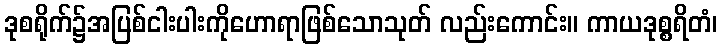
ဒုစရိုက်၌အပြစ်ငါးပါးကိုဟောရာဖြစ်သောသုတ် လည်းကောင်း။ ကာယဒုစ္စရိတံ၊